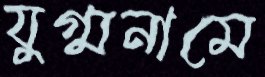
যুগ্মনামে